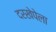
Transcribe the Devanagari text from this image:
दरखेपेला